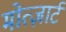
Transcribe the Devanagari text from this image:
मोत्ज़ार्ट